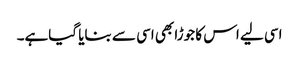
اسی لیے اس کا جوڑا بھی اسی سے بنایا گیاہے۔